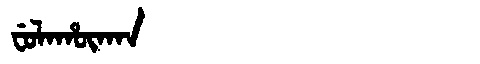
Manchu: ᠸᡠᠯᠠᡥᡡᡴᠠᠨ
Romanization: FULAHŪKAN